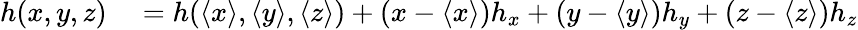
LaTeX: \begin{array}{rl}{h(x,y,z)}&{{}=h(\langle x\rangle,\langle y\rangle,\langle z\rangle)+(x-\langle x\rangle)h_{x}+(y-\langle y\rangle)h_{y}+(z-\langle z\rangle)h_{z}}\end{array}